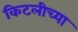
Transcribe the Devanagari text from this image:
किटलीच्या